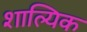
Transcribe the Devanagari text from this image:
शाल्यिक